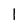
Character: I